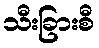
သီးခြားစီ